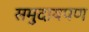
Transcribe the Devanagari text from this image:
समुदायपण